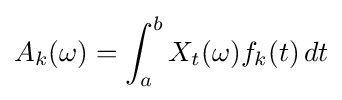
A_{k}(\omega )=\int _{a}^{b}X_{t}(\omega )f_{k}(t)\,dt